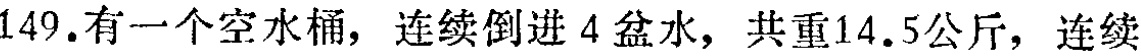
149.有一个空水桶，连续倒进4盆水，共重14.5公斤，连续